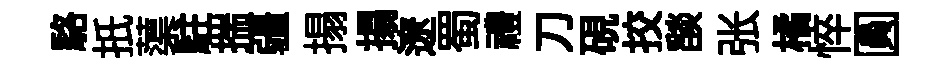
駱扺蕖駐揣疆搨搨遼蜀禮刀硯挍𦦨张橘悴圓